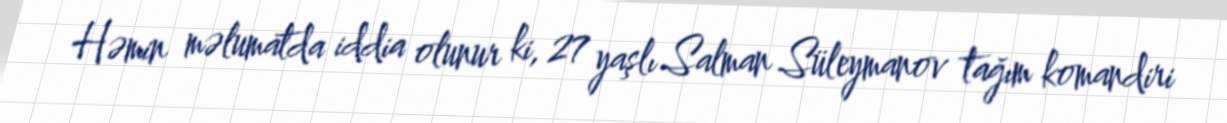
Həmin məlumatda iddia olunur ki, 27 yaşlı Salman Süleymanov tağım komandiri